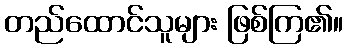
တည်ထောင်သူများ ဖြစ်ကြ၏။